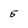
Character: 5